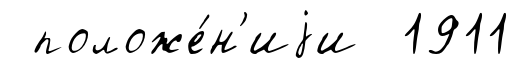
положе́н'иjи 1911